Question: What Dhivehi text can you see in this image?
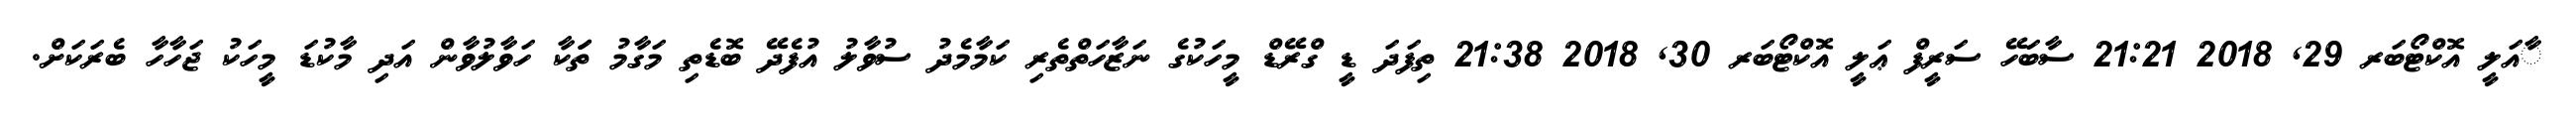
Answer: ާއަލީ އޮކްޓޯބަރ 29, 2018 21:21 ސާބަހޭ ސަރީފް ޢަލީ އޮކްޓޯބަރ 30, 2018 21:38 ތިފަދަ ޑީ ގްރޭޑް މީހަކުގެ ނަޒާހަތްތެރި ކަމާމެދު ސުވާލު އުފެދޭ ބޮޑެތި މަގާމު ތަަކާ ހަވާލުވާން އަދި މާކުޑަ މީހަކު ޖަހާހާ ބެރަކަށް.